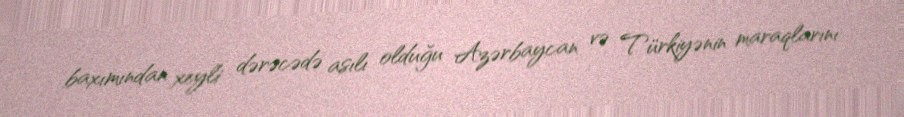
baxımından xeyli dərəcədə asılı olduğu Azərbaycan və Türkiyənin maraqlarını